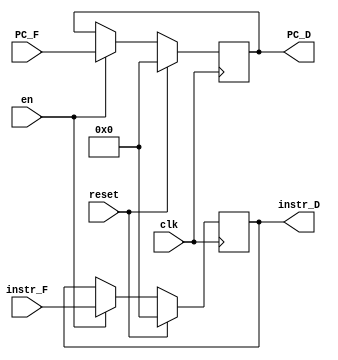
`timescale 1ns / 1ps
//////////////////////////////////////////////////////////////////////////////////
// Company: 
// Engineer: 
// 
// Design Name: 
// Module Name:    reg_D 
// Project Name: 
// Target Devices: 
// Tool versions: 
// Description: 
//
// Dependencies: 
//
// Revision: 
// Revision 0.01 - File Created
// Additional Comments: 
//
//////////////////////////////////////////////////////////////////////////////////
`default_nettype none

module reg_D(
    input wire clk,
    input wire en,
    input wire reset,
	input wire [31:0] instr_F,
	input wire [31:0] PC_F,
	output wire [31:0] instr_D,
	output wire [31:0] PC_D
    );
	reg [31:0] instr;
	reg [31:0] PC;

	assign instr_D = instr;
	assign PC_D = PC;
	
	always @(posedge clk) begin
		if (reset) begin
				instr <= 0;
				PC <= 0;
		end
		else if (en) begin 
				instr <= instr_F;
				PC <= PC_F;
		end
	end

endmodule